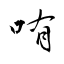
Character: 哊